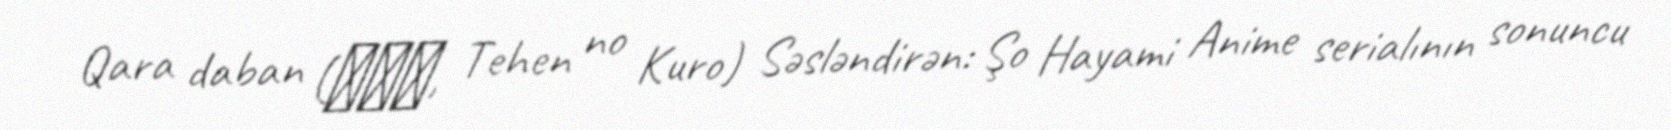
Qara daban (手の黒, Tehen no Kuro) Səsləndirən: Şo Hayami Anime serialının sonuncu